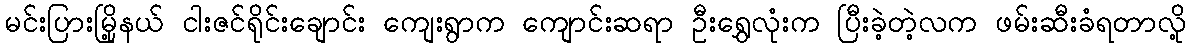
မင်းပြားမြို့နယ် ငါးဇင်ရိုင်းချောင်း ကျေးရွာက ကျောင်းဆရာ ဦးရွှေလုံးက ပြီးခဲ့တဲ့လက ဖမ်းဆီးခံရတာလို့